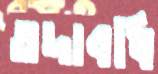
তদাবধি